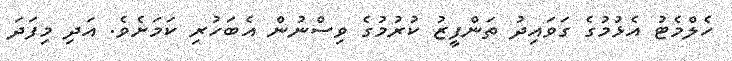
ހެލްމެޓު އެޅުމުގެ ގަވައިދު ތަންފީޒު ކުރުމުގެ ވިސްނުން އެބަހުރި ކަމަށެވެ. އަދި މިފަދަ